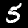
Label: 5